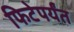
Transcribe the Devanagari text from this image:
फिटेपर्यंत